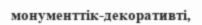
монументтік-декоративті,